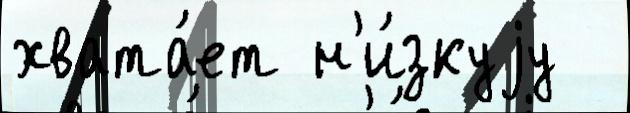
хвата́ет н'и́зкуjу